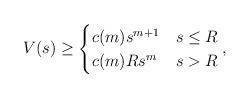
LaTeX: \begin{align*} V(s) \ge \begin{cases}c(m) s^{m+1} & s \le R \\c(m)R s^{m} & s > R \\\end{cases}, \end{align*}